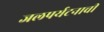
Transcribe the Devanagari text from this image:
जलपर्यटनाची